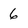
Character: 6